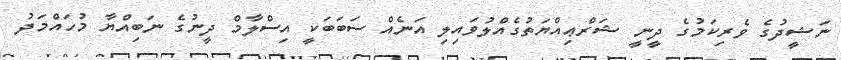
ނަޝީދުގެ ވެރިކަމުގެ ދީނީ ޝަރްޢިއްޔަތުގެއްލުވައިލި އަނެއް ސަބަބަކީ އިސްލާމް ދީނުގެ ނަބިއްޔާ މުހައްމަދު